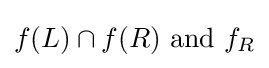
f(L)\cap f(R){\text{ and }}f_{R}